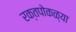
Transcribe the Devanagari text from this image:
रक्तपोकळ्या